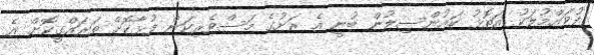
ފުވައްމުލަކު އަތޮޅު ކައުންސިލުން ބުނީ އެ ރަށުގެ މަސްވެރިކަން ފުޅާކޮށް ތަރައްގީކޮށް އެ